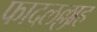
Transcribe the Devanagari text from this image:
फादलल्लाह